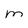
Character: m